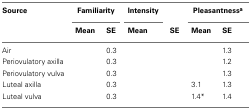
<table><thead><tr><td><b>Source</b></td><td colspan="2"><b>Familiarity</b></td><td><b>Intensity</b></td><td>[EMPTY_CELL]</td><td colspan="2"><b>Pleasantness<sup>a</sup></b></td></tr><tr><td>[EMPTY_CELL]</td><td><b>Mean</b></td><td><b>SE</b></td><td><b>Mean</b></td><td><b>SE</b></td><td><b>Mean</b></td><td><b>SE</b></td></tr></thead><tbody><tr><td>Air</td><td>[EMPTY_CELL]</td><td>0.3</td><td>[EMPTY_CELL]</td><td>[EMPTY_CELL]</td><td>[EMPTY_CELL]</td><td>1.3</td></tr><tr><td>Periovulatory axilla</td><td>[EMPTY_CELL]</td><td>0.3</td><td>[EMPTY_CELL]</td><td>[EMPTY_CELL]</td><td>[EMPTY_CELL]</td><td>1.2</td></tr><tr><td>Periovulatory vulva</td><td>[EMPTY_CELL]</td><td>0.3</td><td>[EMPTY_CELL]</td><td>[EMPTY_CELL]</td><td>[EMPTY_CELL]</td><td>1.3</td></tr><tr><td>Luteal axilla</td><td>[EMPTY_CELL]</td><td>0.3</td><td>[EMPTY_CELL]</td><td>[EMPTY_CELL]</td><td>3.1</td><td>1.3</td></tr><tr><td>Luteal vulva</td><td>[EMPTY_CELL]</td><td>0.3</td><td>[EMPTY_CELL]</td><td>[EMPTY_CELL]</td><td>1.4*</td><td>1.4</td></tr></tbody></table>